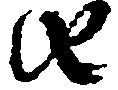
由